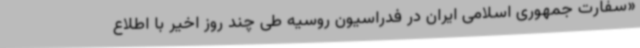
«سفارت جمهوری اسلامی ایران در فدراسیون روسیه طی چند روز اخیر با اطلاع